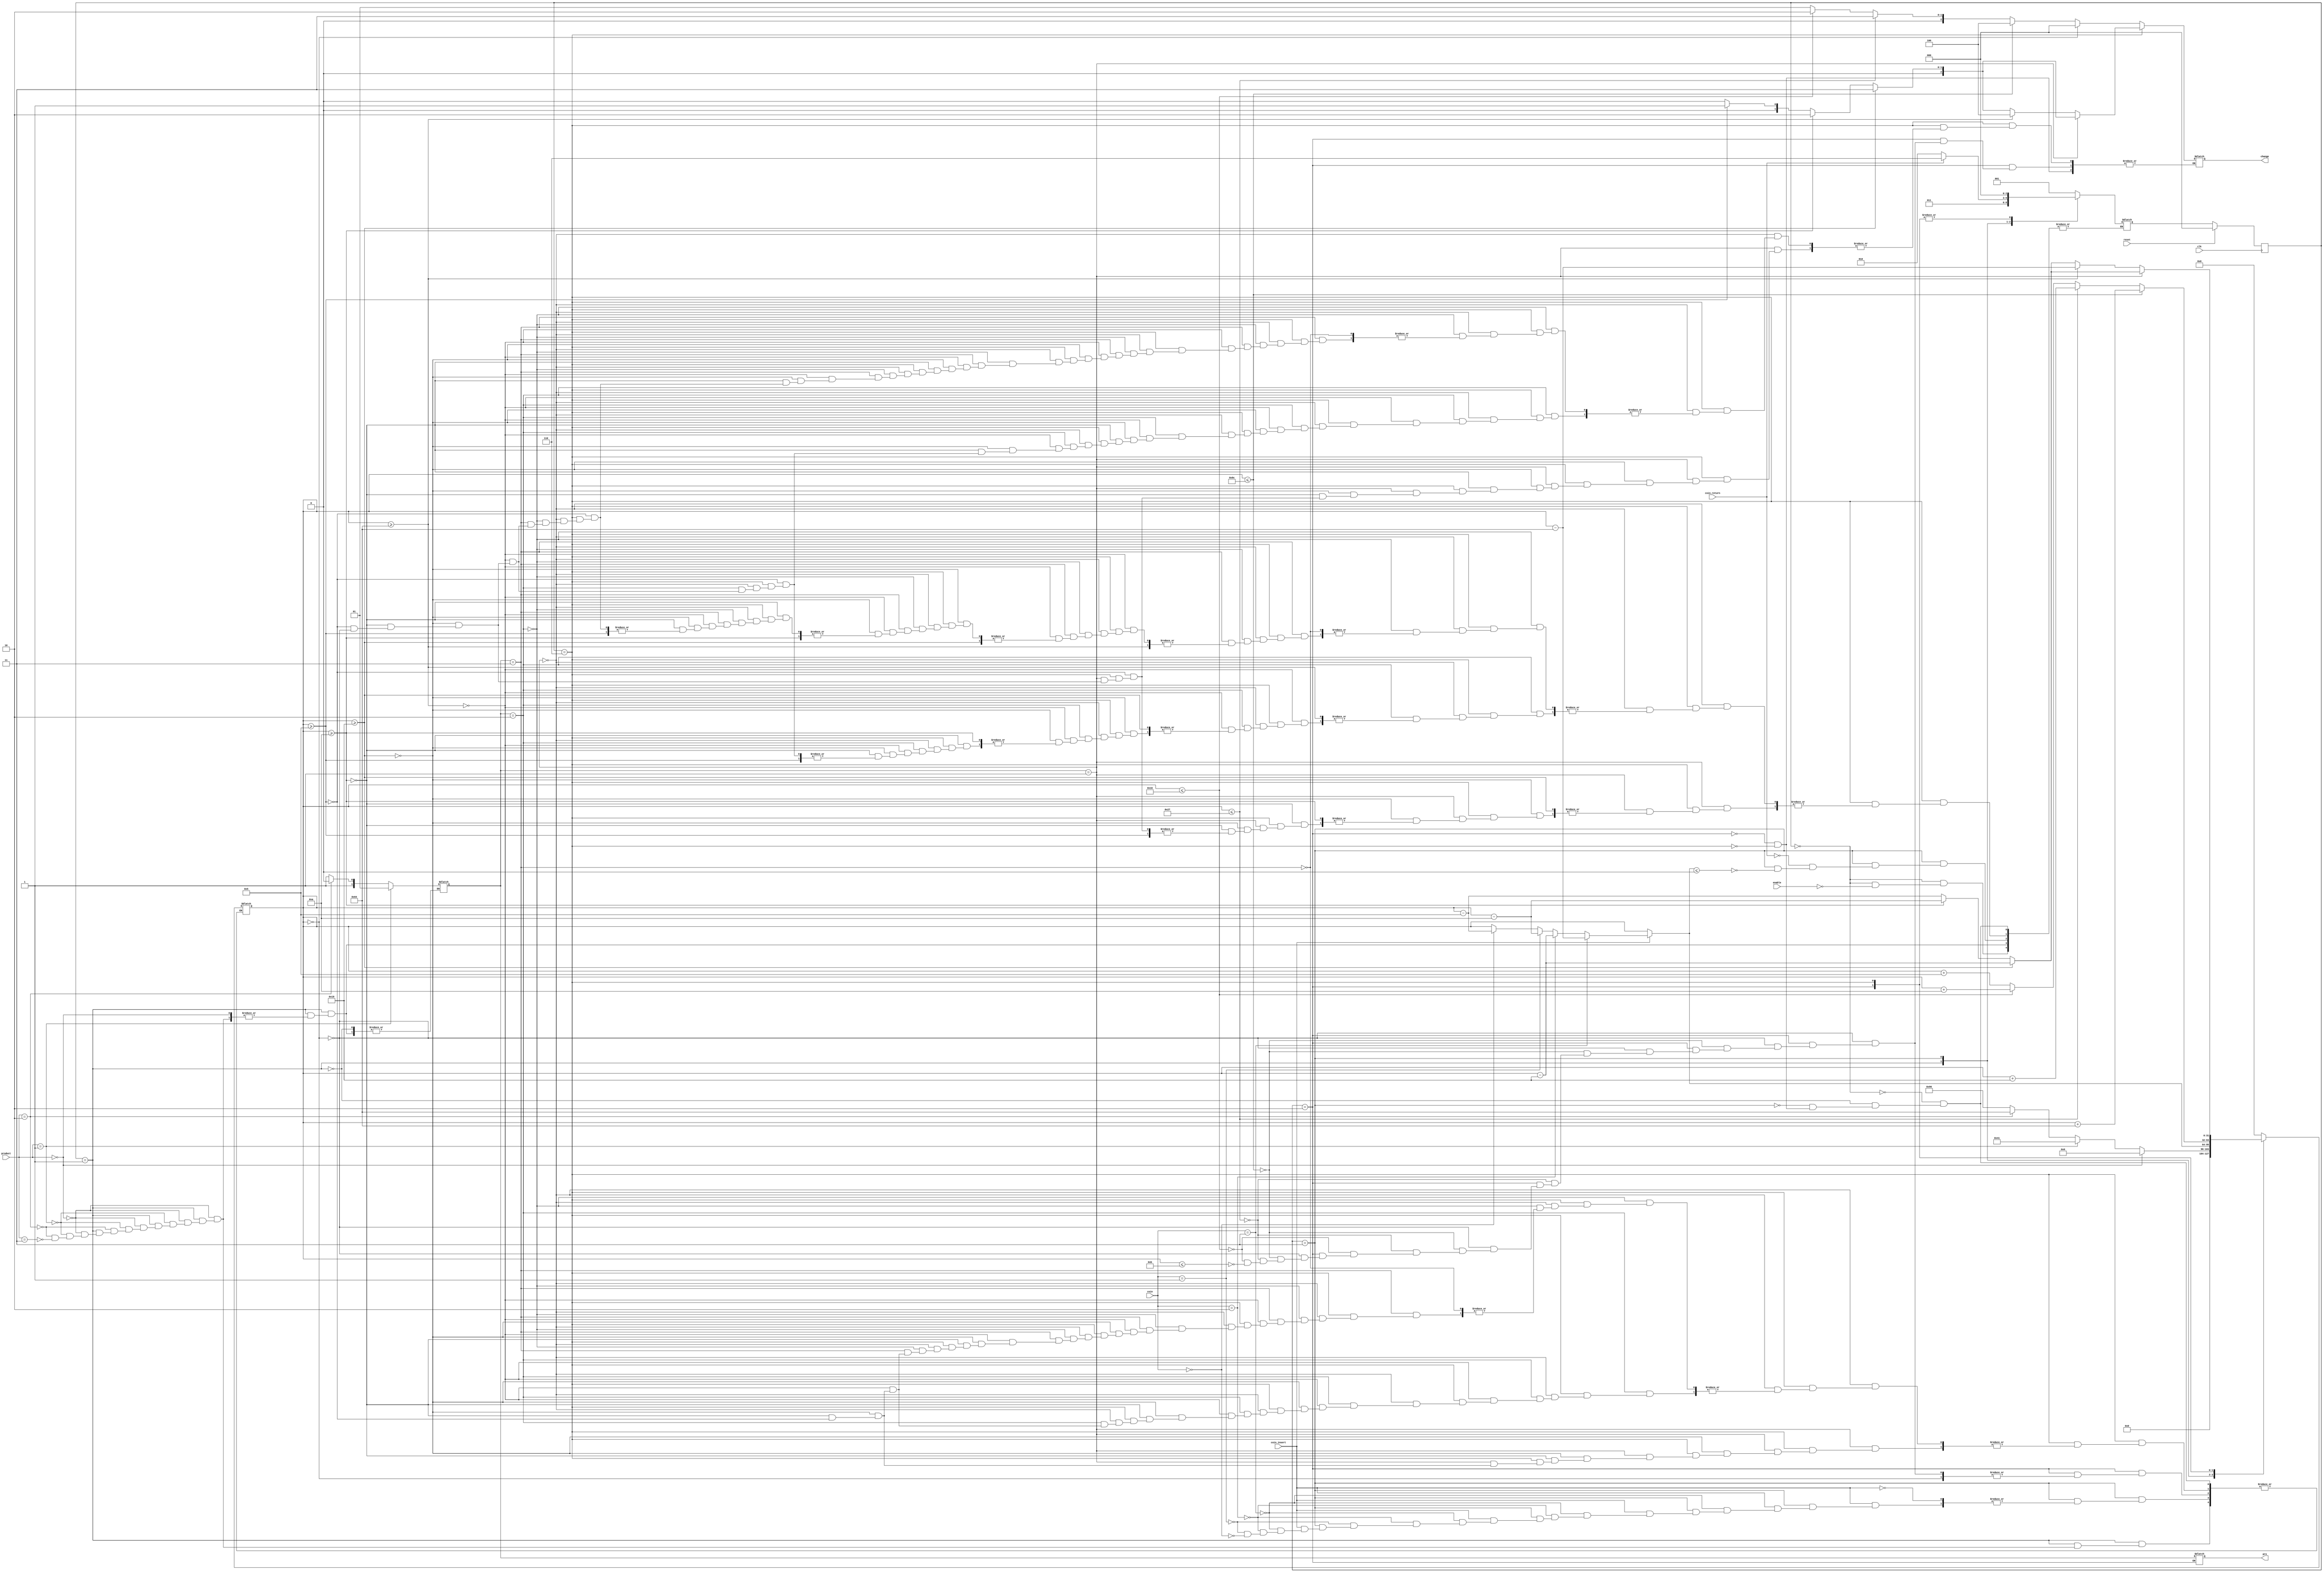
`timescale 1ns / 1ns
//////////////////////////////////////////////////////////////////////////////////
// Company: NONE
// 
// Design Name: 	Vending Machine Controller
// Module Name:   vending_Controller  
// Project Name: 	FSM for Vending Machine
// Target Devices: FPGA
// Tool versions: Xilinx ISE 14.7
// 
// Description: NONE 
//
// Dependencies: NONE
//
// Revision: 
// Revision 0.01 - File Created
//
// //////////////////////////////////////////////////////////////////////////////////
module vending_Controller(
	
	//00-nickel
	//01-dime   
	//10-quarter   
	//11-dollar
	
	input wire [1:0] coin,	 // Value of Coin
	input wire coin_insert,  // Push Button
	input wire coin_return,	 // Push Button
	input wire [1:0] product,// Input Product
	input wire enable,		 // Enable Pin
	
	input clk,					 // Input Clock
	input reset,				 // Synchronous Reset
	
	output reg [1:0] pro,	 // Output Product
	output reg [2:0] change	 // Change Return	
    );

// State Assignment for Vending Machine Controller
// Using Gray Code for State Assignment
parameter Idle = 3'b000;
parameter Choose = 3'b001;
parameter Insert = 3'b011;
parameter Vend = 3'b010;
parameter Return = 3'b110;

reg [2:0] prev_state=0;
reg [2:0] state = 0;
reg [1:0] local_pro = 0;
integer total = 0;

always@(*)begin
	case(prev_state)
	Idle : begin
				total = 0;
				if(enable == 1)
					begin
						state = Choose;
					end
				end
	Choose : begin
				if(product == 2'b00)
					begin
						total = 0;
					end 
				else if(product == 2'b01)
					begin
						local_pro = 2'b01;
						total = 65;
						state = Insert;
					end 
				else if (product == 2'b10)
					begin
						local_pro = 2'b10;
						total = 100;
						state = Insert;
					end 
				else if(product == 2'b11)
					begin
						local_pro = 2'b11;
						total = 150;
						state = Insert;
					end
				end
	Insert : begin
					if(coin_insert == 1)
						begin
							if(coin == 2'b11)
								begin
									total = total - 100;
								end 
							else if(coin == 2'b10)
								begin
									total = total - 25;
								end 
							else if(coin == 2'b01)
								begin
									total = total - 10;
								end 
							else if(coin == 2'b00)
								begin
									total = total - 5;
								end
						end
			 
			 //coin_insert = 0;
					
					if(total <= 0)
						begin
							state = Vend;
						end
					if(coin_return == 1)
						begin
							state = Return;
						end
				end
	Vend : begin
				pro = local_pro;
				if(total == 0)
					begin
						change = 0;
					end 
				else
					begin
						if(total <= -100)
							begin
								total = total + 100;
								change = 3'b100;
							end
						else if(total <= -25)
							begin
								total = total + 25;
								change = 3'b011;
							end 
						else if(total <= -10)
							begin
								total = total + 10;
								change = 3'b010;
							end 
						else if(total <= -5)
							begin
								total = total + 5;
								change = 3'b001;
							end
					end
				state = Idle;
			end
	Return : begin
					if(local_pro == 2'b01)
						begin
							if(total >= 25)
								begin
									total = total - 25;
									change = 3'b011;
								end 
							else if(total >= 10)
								begin
									total = total - 10;
									change = 3'b010;
								end 
							else if(total >= 5)
								begin
									total = total - 5;
									change = 3'b001;
								end 
							else if(total == 0)
								begin
									change = 0;
									state = Idle;
								end
						end 
					else if(local_pro == 2'b10)
						begin
							if(total >= 100)
								begin
									total = total - 100;
									change = 3'b100;
								end 
							else if(total >= 25)
								begin
									total = total - 25;
									change = 3'b011;
								end 
							else if(total >= 10)
								begin
									total = total - 10;
									change = 3'b010;
								end 
							else if(total >= 5)
								begin
									total = total - 5;
									change = 3'b001;
								end 
							else if(total == 0)
								begin
									change = 0;
									state = Idle;
								end
						end 
					else if(local_pro == 2'b11)
						begin
							if(total >= 100)
								begin
									total = total - 100;
									change = 3'b100;
								end 
							else if(total >= 25)
								begin
									total = total - 25;
									change = 3'b011;
								end 
							else if(total >= 10)
								begin
									total = total - 10;
									change = 3'b010;
								end 
							else if(total >= 5)
								begin
									total = total - 5;
									change = 3'b001;
								end 
							else if(total == 0)
								begin
									change = 0;
									state = Idle;
								end
				end
			end
		endcase
	end
	
always@(posedge clk)
	begin : FSM
		if(reset == 1)
			begin
				prev_state <= Idle;
			end
		else
			begin
				prev_state <= state;
			end
	end
endmodule